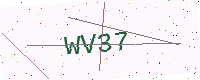
Text: WV37